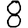
Digit: 8